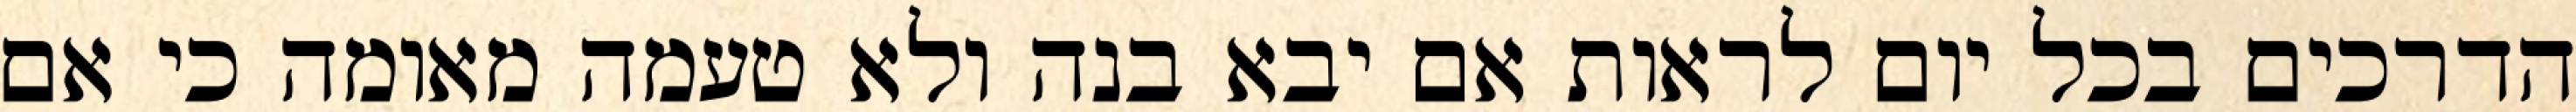
הדרכים בכל יום לראות אם יבא בנה ולא טעמה מאומה כי אם